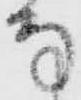
な